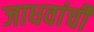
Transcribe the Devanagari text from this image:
जाधवांची